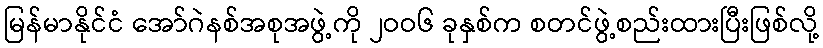
မြန်မာနိုင်ငံ အော်ဂဲနစ်အစုအဖွဲ့ကို ၂ဝဝ၆ ခုနှစ်က စတင်ဖွဲ့စည်းထားပြီးဖြစ်လို့